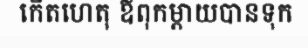
កើតហេតុ ឪពុកម្តាយបានទុក